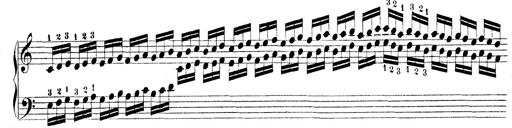
Title: Technische Studien
Composer: Franz Liszt